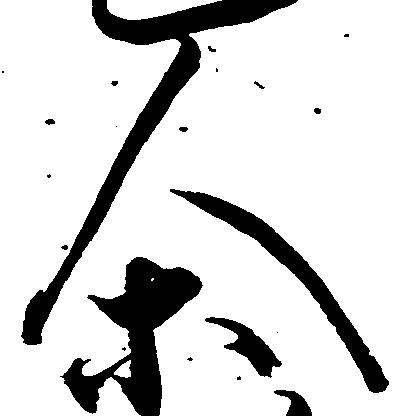
人